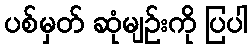
ပစ်မှတ် ဆုံမျဉ်းကို ပြပါ